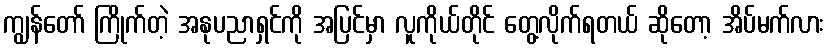
ကျွန်တော် ကြိုက်တဲ့ အနုပညာရှင်ကို အပြင်မှာ လူကိုယ်တိုင် တွေ့လိုက်ရတယ် ဆိုတော့ အိပ်မက်လား